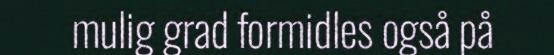
mulig grad formidles også på